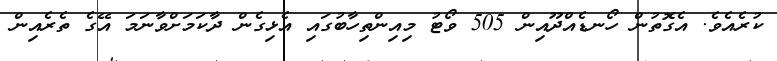
ކުރެއެވެ. އެގޮތުން ހޯނޑެއްދޫއިން 505 ވޯޓު މިއިންތިހާބުގައި އެޅިގެން ދާކަމަށްވާނަމަ އޭގެ ތެރެއިން